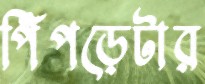
পিঁপড়েটার